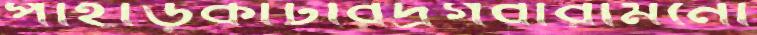
পাহাড়কাটারদ্রগবারামনো